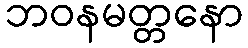
ဘဝနမတ္တနော